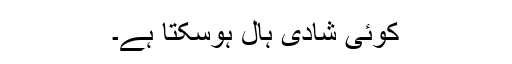
کوئی شادی ہال ہوسکتا ہے۔